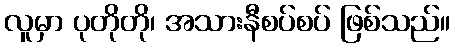
လူမှာ ပုတိုတို၊ အသားနီစပ်စပ် ဖြစ်သည်။